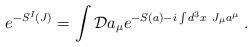
LaTeX: \begin{align*}e^{-S^I(J)}=\int {\cal D}a_\mu e^{-S(a)-i\int d^3x~J_\mu a^\mu }\;.\end{align*}